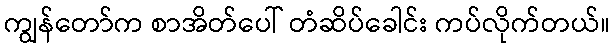
ကျွန်တော်က စာအိတ်ပေါ် တံဆိပ်ခေါင်း ကပ်လိုက်တယ်။